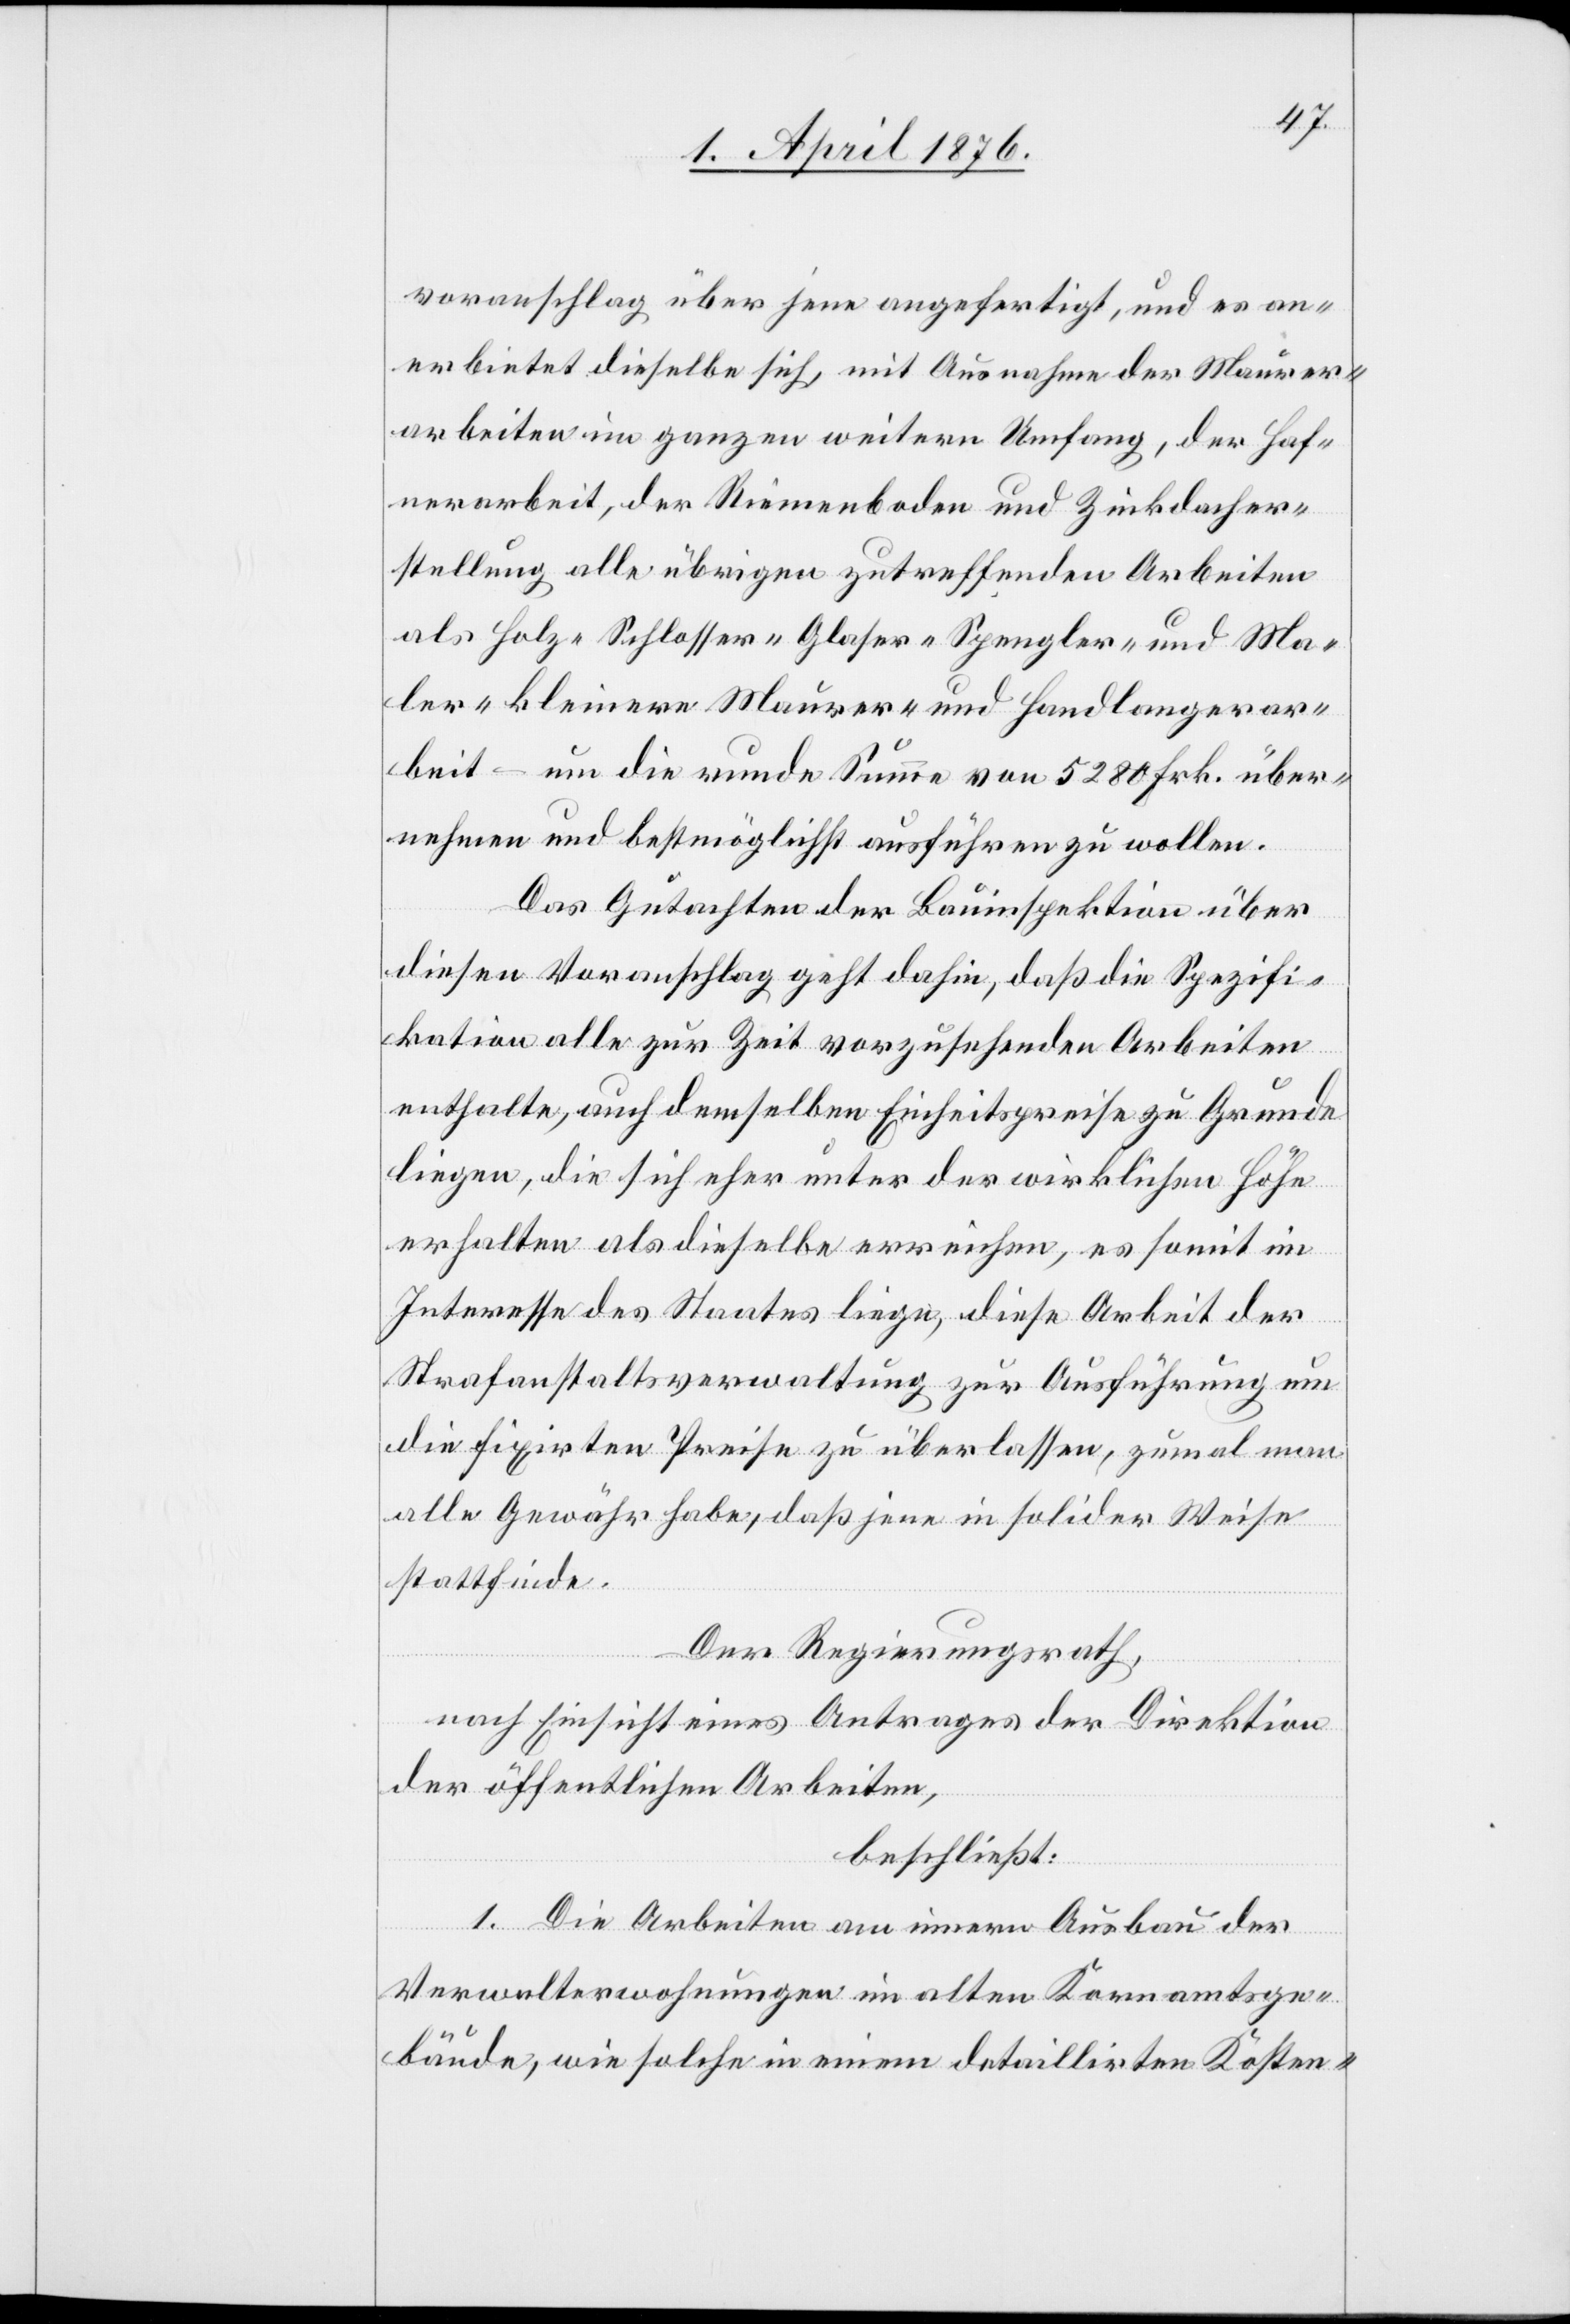
voranschlag über jene angefertigt, und es an¬
erbietet dieselbe sich, mit Ausnahme der Maurer¬
arbeiten im ganzen weitern Umfang, der Haf¬
nerarbeit, der Riemenboden und Zinkdacher¬
stellung alle übrigen zutreffenden Arbeiten
als Holz- Schlosser- Glaser- Spengler- und Ma¬
ler- kleinere Maurer- und Handlangerar¬
beit – um die runde Summe von 5280 Frk über¬
nehmen und bestmöglich ausführen zu wollen.
Das Gutachten der Bauinspektion über
diesen Voranschlag geht dahin, daß die Spezifi¬
kation alle zur Zeit vorzustehenden Arbeiten
enthalte, auch demselben Einheitspreise zu Grunde
liegen, die sich eher unter der wirklichen Höhe
erhalten als dieselbe erreichen, es somit im
Interesse des Staates liege, diese Arbeit der
Strafanstaltsverwaltung zur Ausführung um
die fixirten Preise zu überlassen, zumal man
alle Gewähr habe, daß jene in solider Weise
stattfinde.
Der Regierungsrath,
nach Einsicht eines Antrages der Direktion
der öffentlichen Arbeiten,
beschließt:
1. Die Arbeiten am inneren Ausbau der
Verwalterwohnungen im alten Kornamtsge¬
bäude, wie solche in einem detaillirten Kosten-